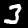
Label: 3